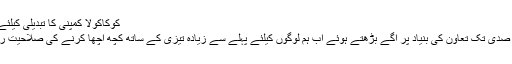
کوکاکولا کمپنی کا تبدیلی کیلئے روڈ میپ
تقریباً ایک صدی تک تعاون کی بنیاد پر آگے بڑھتے ہوئے اب ہم لوگوں کیلئے پہلے سے زیادہ تیزی کے ساتھ کچھ اچھا کرنے کی صلاحیت رکھتے ہیں۔